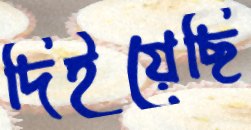
দিইয়েছি